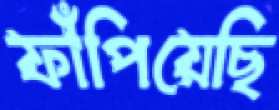
ফাঁপিয়েছি